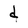
Character: d